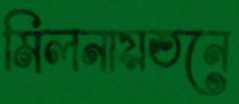
মিলনায়তনে